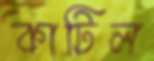
কাটিল